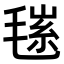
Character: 𣮽